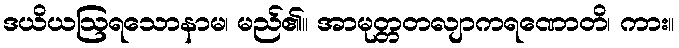
ဒယိယဩရသောနာမ၊ မည်၏။ အာမုတ္တတလျာကရဏောတိ၊ ကား။